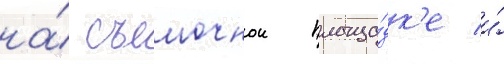
на́ съемочнои площа́дк'е и́